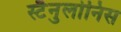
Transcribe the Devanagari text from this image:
स्टैनुलोनिस